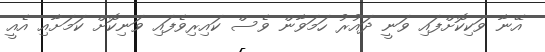
އޭނާ ވަކިކޮށްފައި ވަނީ ދައުރު ހަމަވާން ވެސް ކައިރިވެފައި ވަނިކޮށް ކަމަށާއި އެއީީ